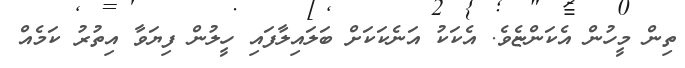
ތިން މީހުން އެކަންޏެވެ. އެކަކު އަނެކަކަށް ބަލައިލާފައި ހީލުން ފިޔަވާ އިތުރު ކަމެއް